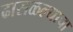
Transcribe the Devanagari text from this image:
ढासळल्याचा